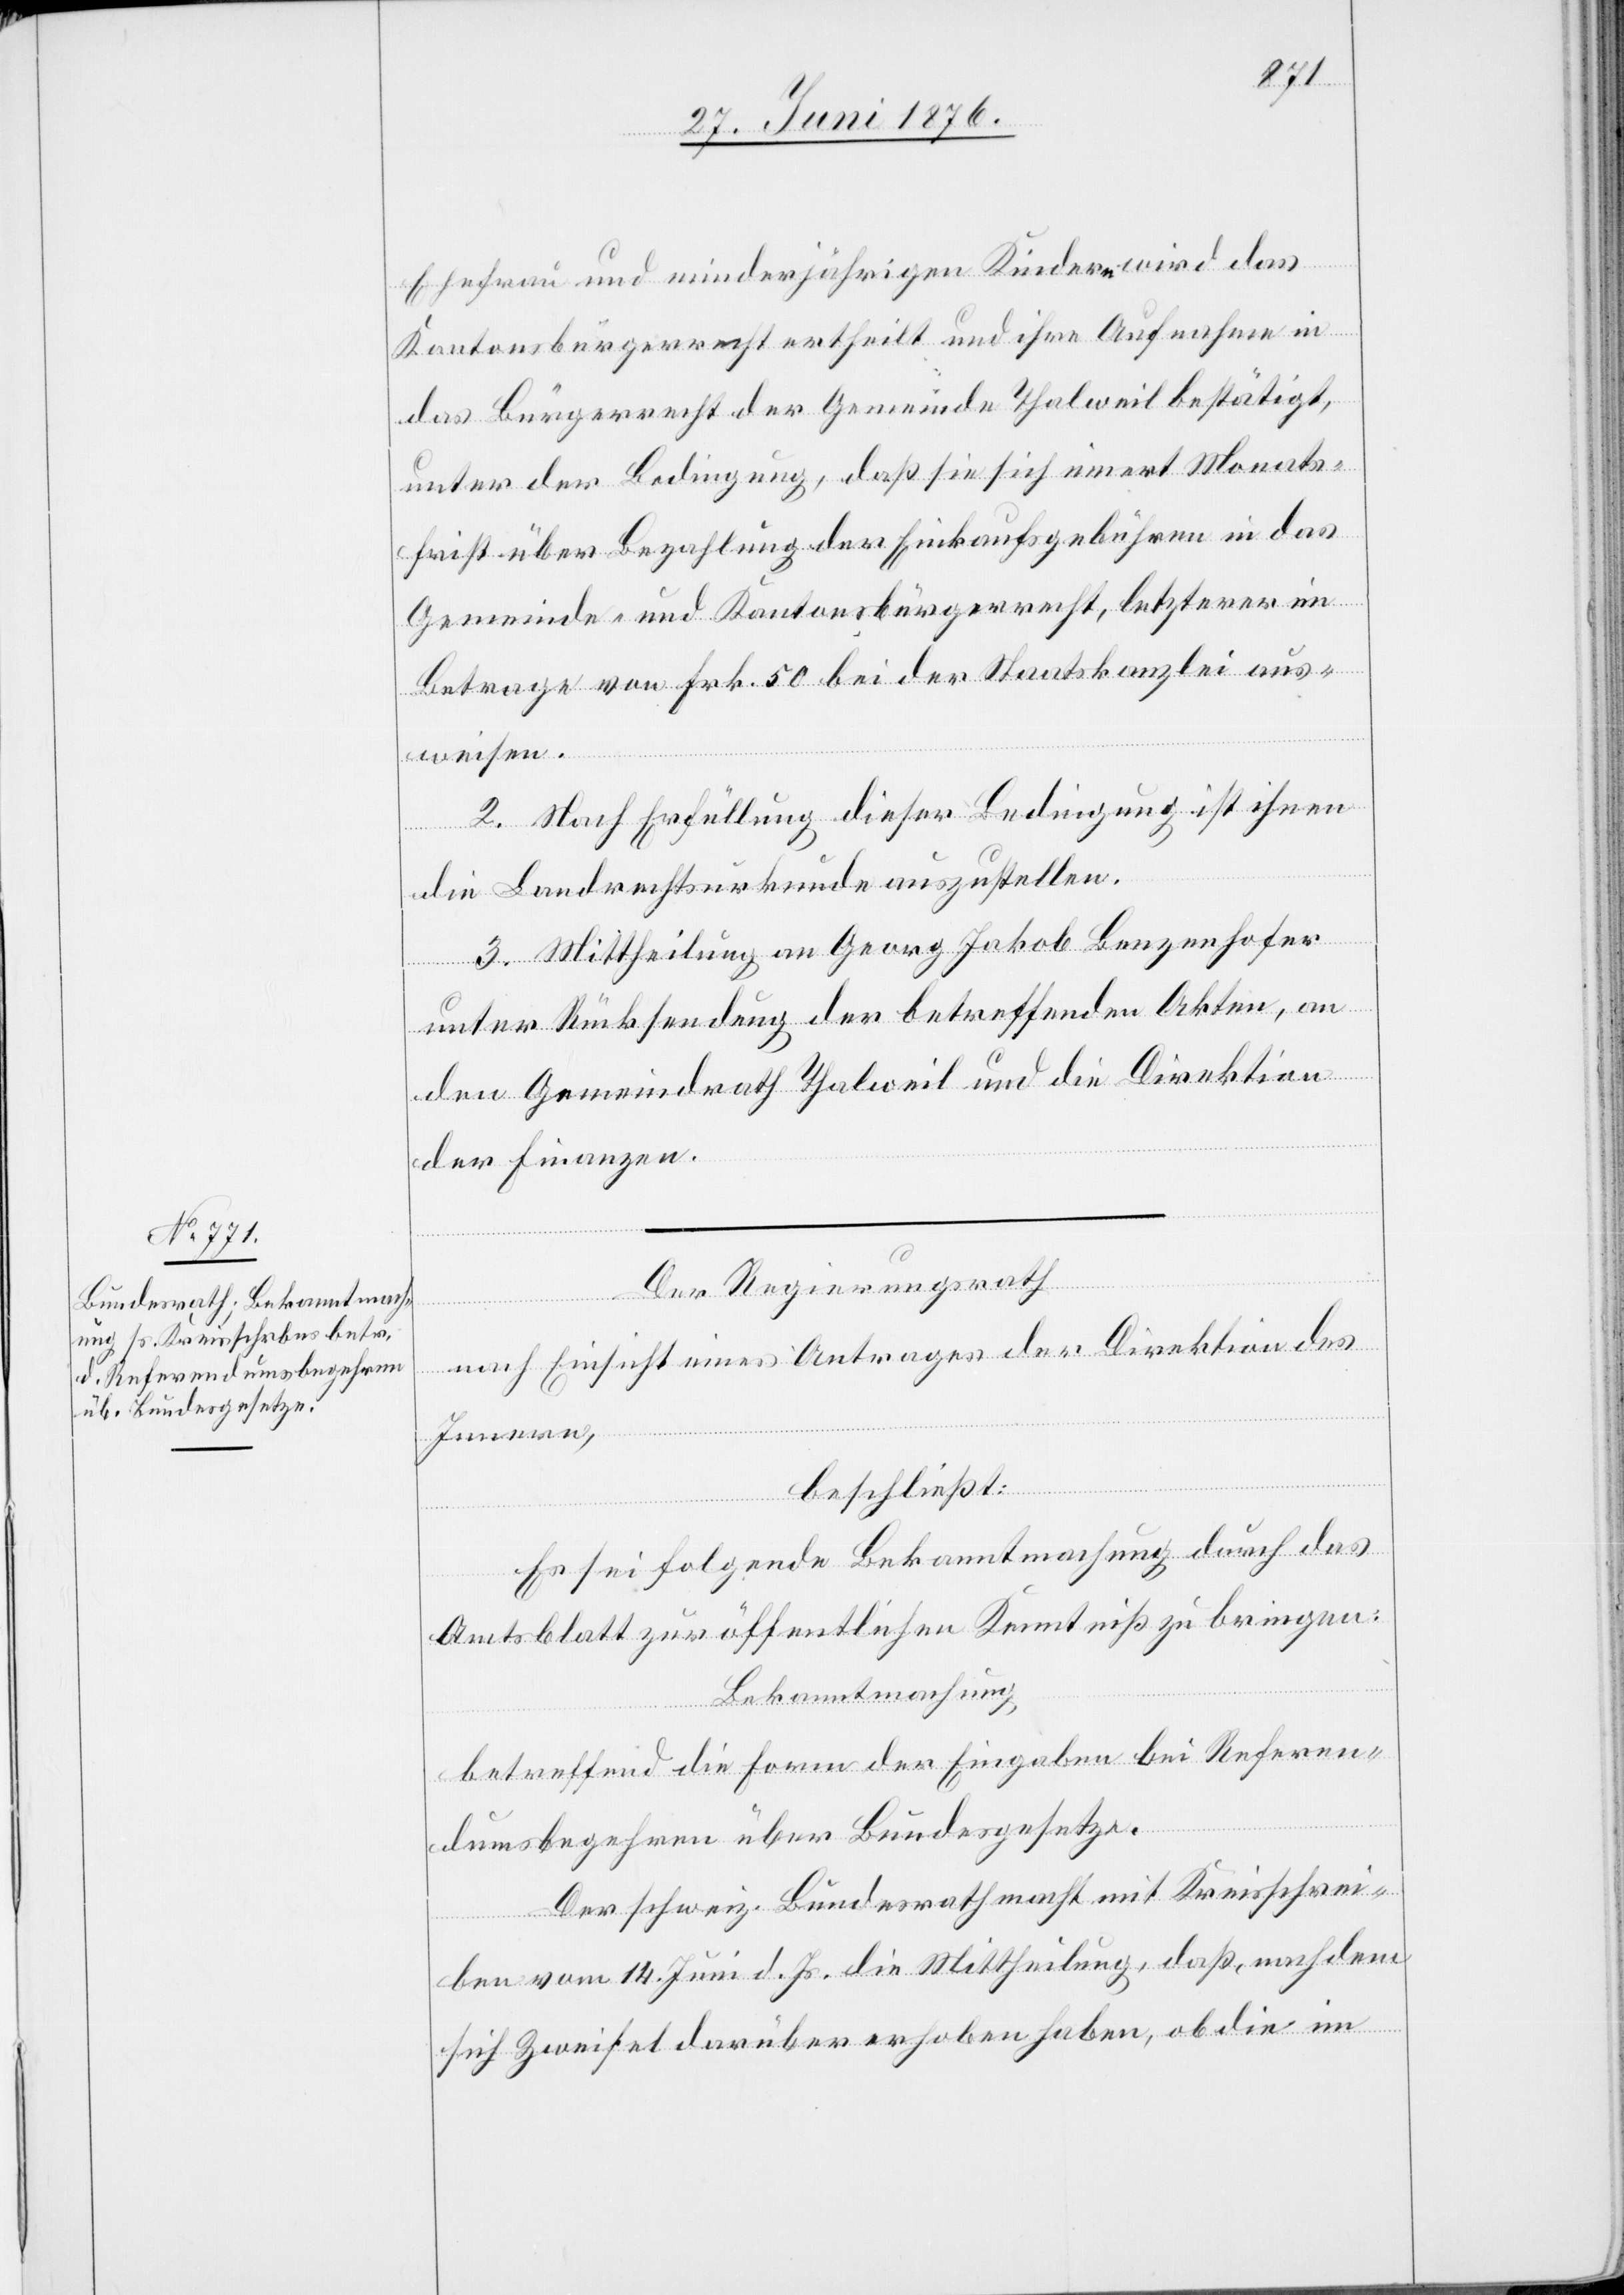
Ehefrau und minderjährigen Kindern wird das
Kantonsbürgerrecht ertheilt und ihre Aufnahme in
das Bürgerrecht der Gemeinde Thalweil bestätigt,
unter der Bedingung, daß sie sich innert Monats¬
frist über Bezahlung der Einkaufsgebühren in das
Gemeinde- und Kantonsbürgerrecht bei der S¬
weisen.
2. Nach Erfüllung dieser Bedingung ist ihnen
die Landrechtsurkunde auszustellen.
3. Mittheilung an Georg Jakob Benzenhofer
unter Rücksendung der betreffenden Akten, an
den Gemeindrath Thalweil und die Direktion
der Finanzen.
Der Regierungsrath
nzlei aus¬
nach Einsicht eines Antrages der Direktion des
Innern,
beschließt:
Es sei folgende Bekanntmachung durch das
Amtsblatt zur öffentlichen Kenntniß zu bringen:
Bekanntmachung
betreffend die Form der Eingaben bei Referen¬
dumsbegehren über Bundesgesetze.
Der schweiz. Bundesrath macht mit Kreisschrei¬
ben vom 14. Juni d. Js. die Mittheilung, daß, nachdem
sich Zweifel darüber erhoben haben, ob die im